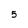
Character: 5